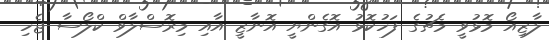
ލާޒިއޯ މޮޅުވީ މެޗުގެ ފަހުކޮޅު އޮގެންޔީ އޮނާޒީ އާއި މިރޮސްލާވް ކްލޯސާ ޖެހި